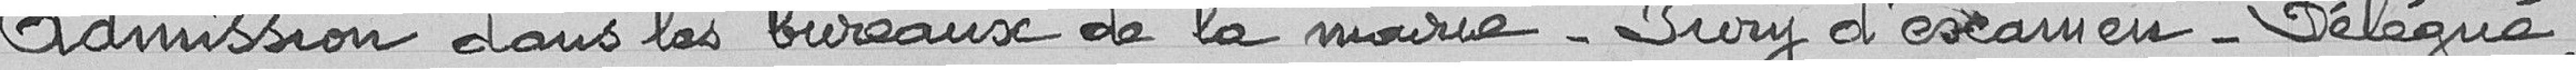
Admission dans les bureaux de la Mairie - Jury d'examen - Délégué